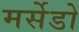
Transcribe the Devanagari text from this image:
मर्सेडो